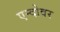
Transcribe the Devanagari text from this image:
एन्दोवर